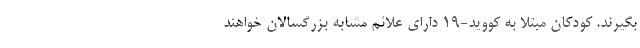
بگیرند. کودکان مبتلا به کووید-19 دارای علائم مشابه بزرگسالان خواهند